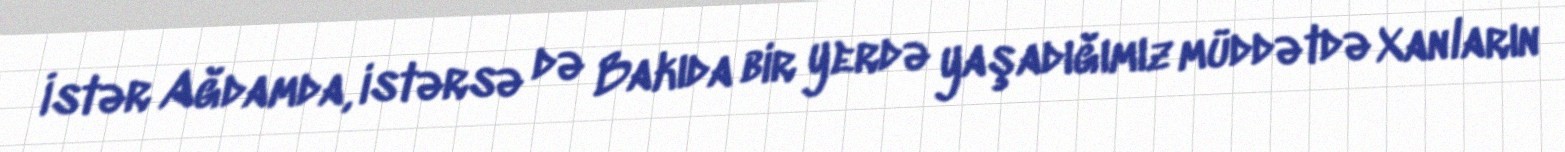
İstər Ağdamda, istərsə də Bakıda bir yerdə yaşadığımız müddətdə Xanların